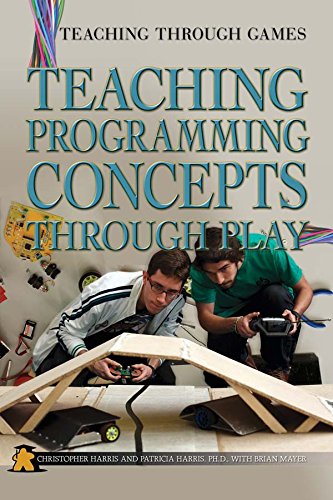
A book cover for Teaching Programming Concepts Through Play (Teaching Through Games); Chris Harris; Children's Books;